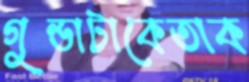
গুন্ডাটাকেতাক